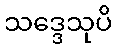
သဒ္ဒေသုပိ